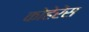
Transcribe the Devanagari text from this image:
कोहेरेंस